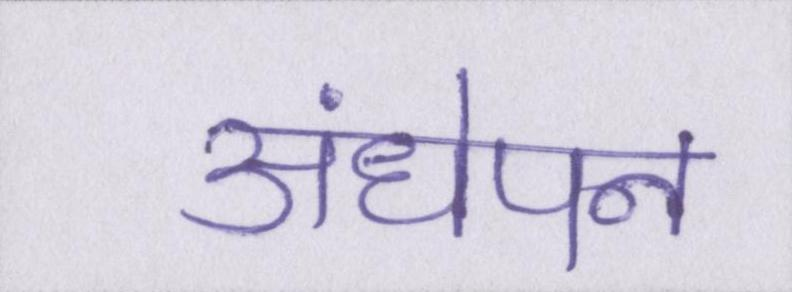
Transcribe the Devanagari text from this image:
अंधेपन